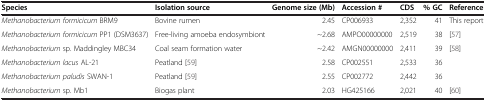
| Species | Isolation source | Genome size (Mb) | Accession # | CDS | % GC | Reference |
 | --- | --- | --- | --- | --- | --- | --- |
 | Methanobacterium formicicum BRM9 | Bovine rumen | 2.45 | CP006933 | 2,352 | 41 | This report |
 | Methanobacterium formicicum PP1 (DSM3637) | Free-living amoeba endosymbiont | ~2.68 | AMPO00000000 | 2,519 | 38 | [57] |
 | Methanobacterium sp. Maddingley MBC34 | Coal seam formation water | ~2.42 | AMGN00000000 | 2,411 | 39 | [58] |
 | Methanobacterium lacus AL-21 | Peatland [59] | 2.58 | CP002551 | 2,533 | 36 |  |
 | Methanobacterium paludis SWAN-1 | Peatland [59] | 2.55 | CP002772 | 2,442 | 36 |  |
 | Methanobacterium sp. Mb1 | Biogas plant | 2.03 | HG425166 | 2,021 | 40 | [60] |